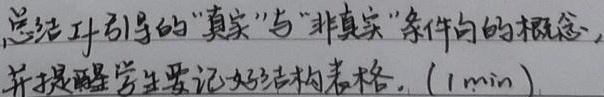
总结if引导的“真实”与“非真实”条件句的概念，并提醒学生要记好结构表格。(1min)